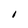
Character: I